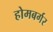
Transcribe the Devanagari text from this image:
होमबर्गर